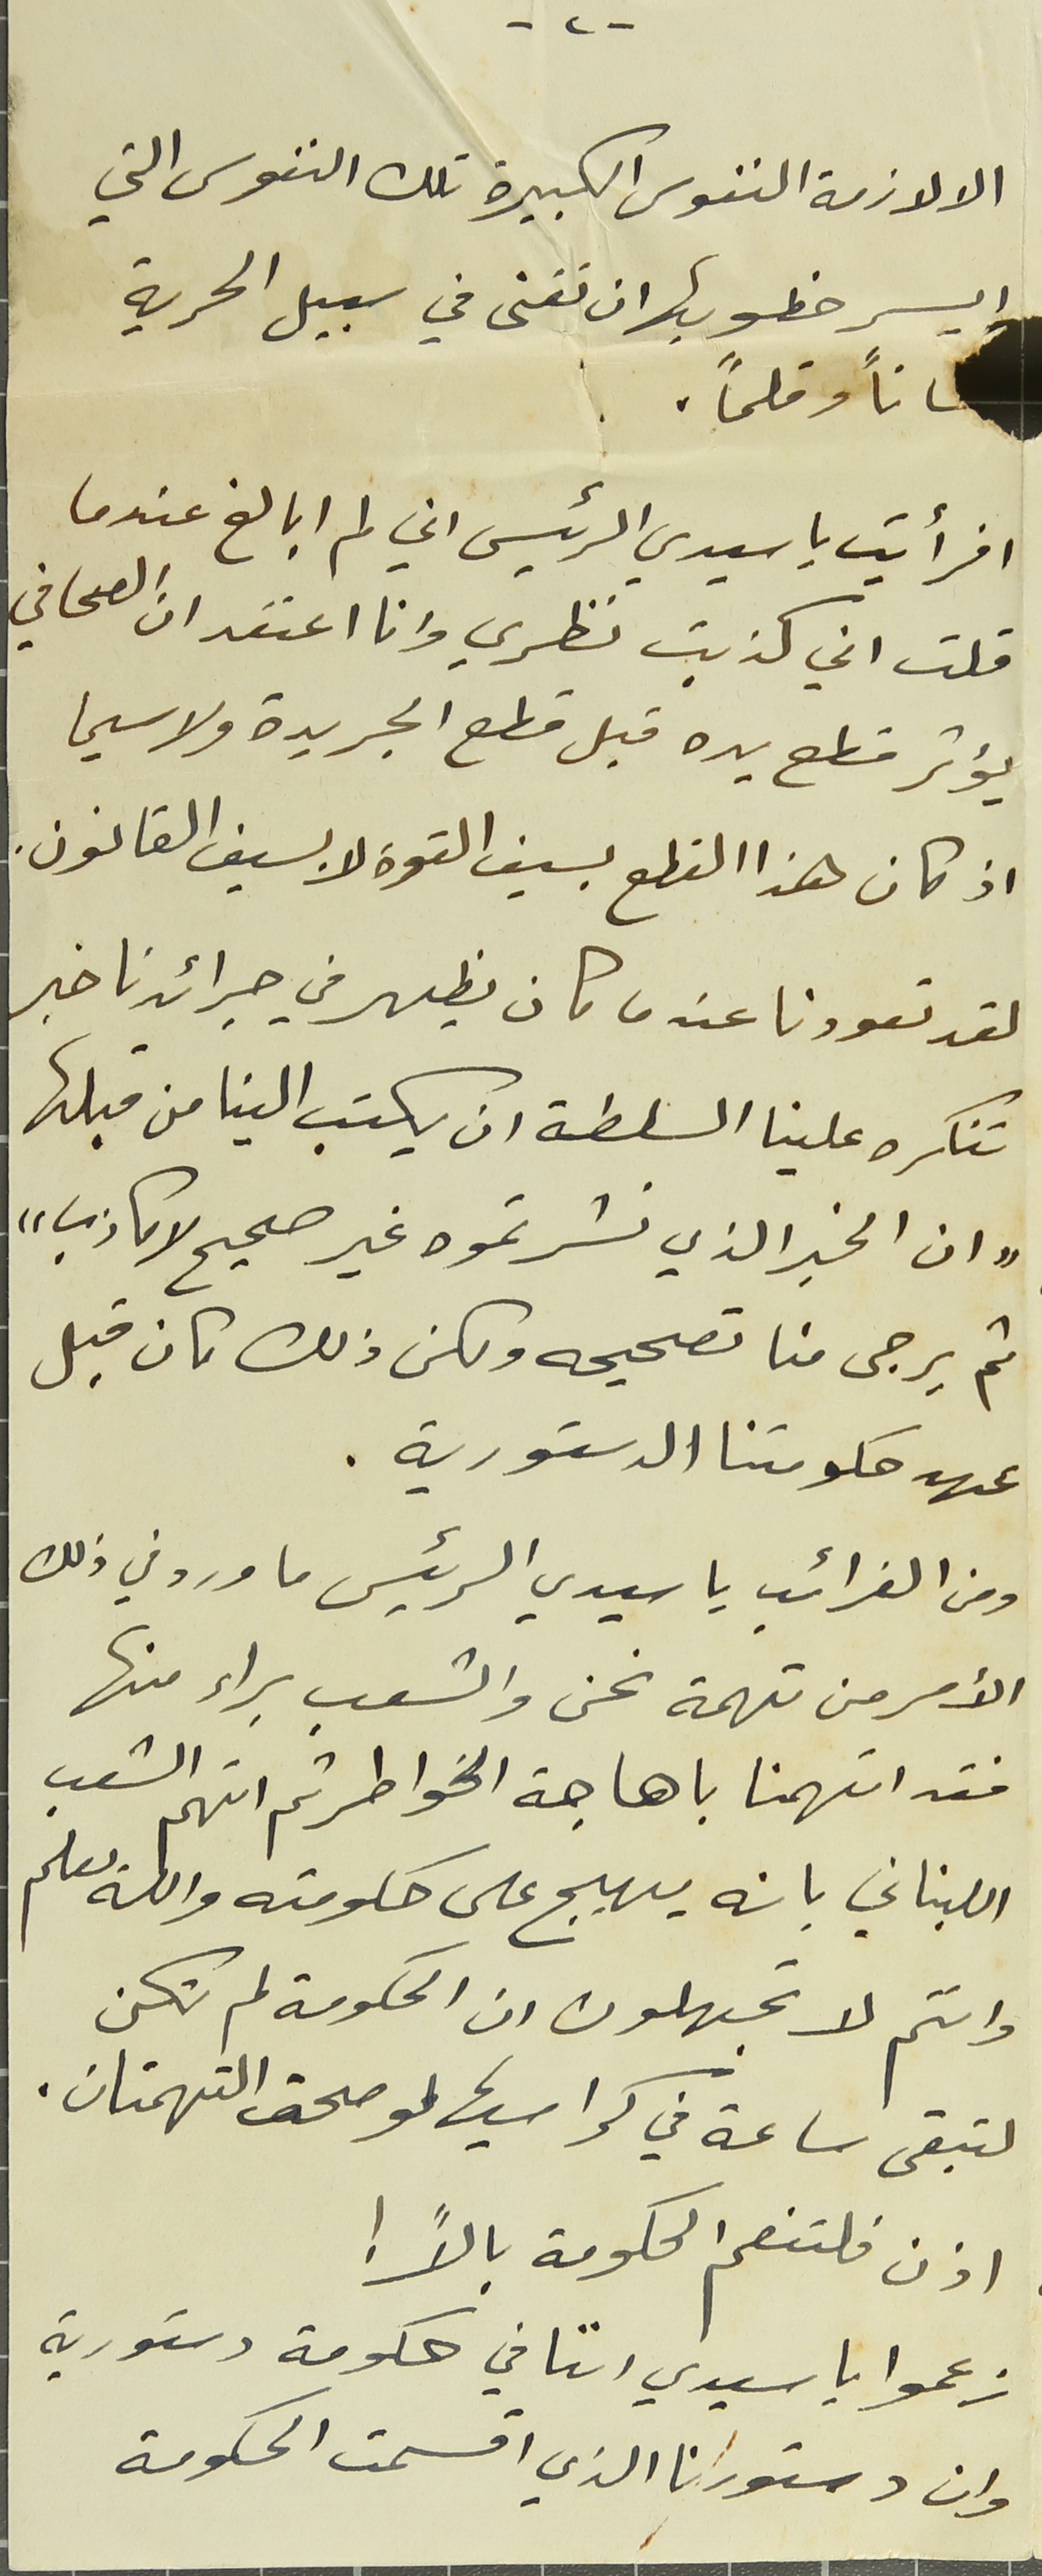
-٢-
الا لازمة النفوس الكبيرة تلك النفوس التي
ايسر خطوبها ان تفنى في سبيل الحرية
افرأيت ياسيدي الرئيس اني لم ابالغ عندما
قلت اني كذبت نظري وانا اعتقد ان الصحافي
يؤثر قطع يده قبل قطع الجريدة ولا سيما
اذ كان هذا القطع بسيف القوة لا بسيف القانون.
لقد تعودنا عندما كان يظهر في جرائدنا خبر
تنكره علينا السلطة ان يكتب الينا من قبلها
"ان الخبر الذي نشرتموه غير صحيح لا كاذب"
ثم يرجى منا تصحيحه ولكن ذلك كان قبل
عهد حكومتنا الدستورية.
ومن الغرائب يا سيدي الرئيس ما ورد في ذلك
الأمر من تهمة نحن والشعب براء منها
فقد اتهمنا باهاجة الخواطر ثم اتهم الشعب
اللبناني بانه يهيج على حكومته والله يعلم
وانتم لا تجهلون ان الحكومة لم تكن
لتبقى ساعة في كراسيها لو صحت التهمتان.
اذن فلتنعم الحكومة بالاً !
زعموا ياسيدي اننا في حكومة دستورية
وان دستورنا الذي اقسمت الحكومة
ساناً وقلماً.